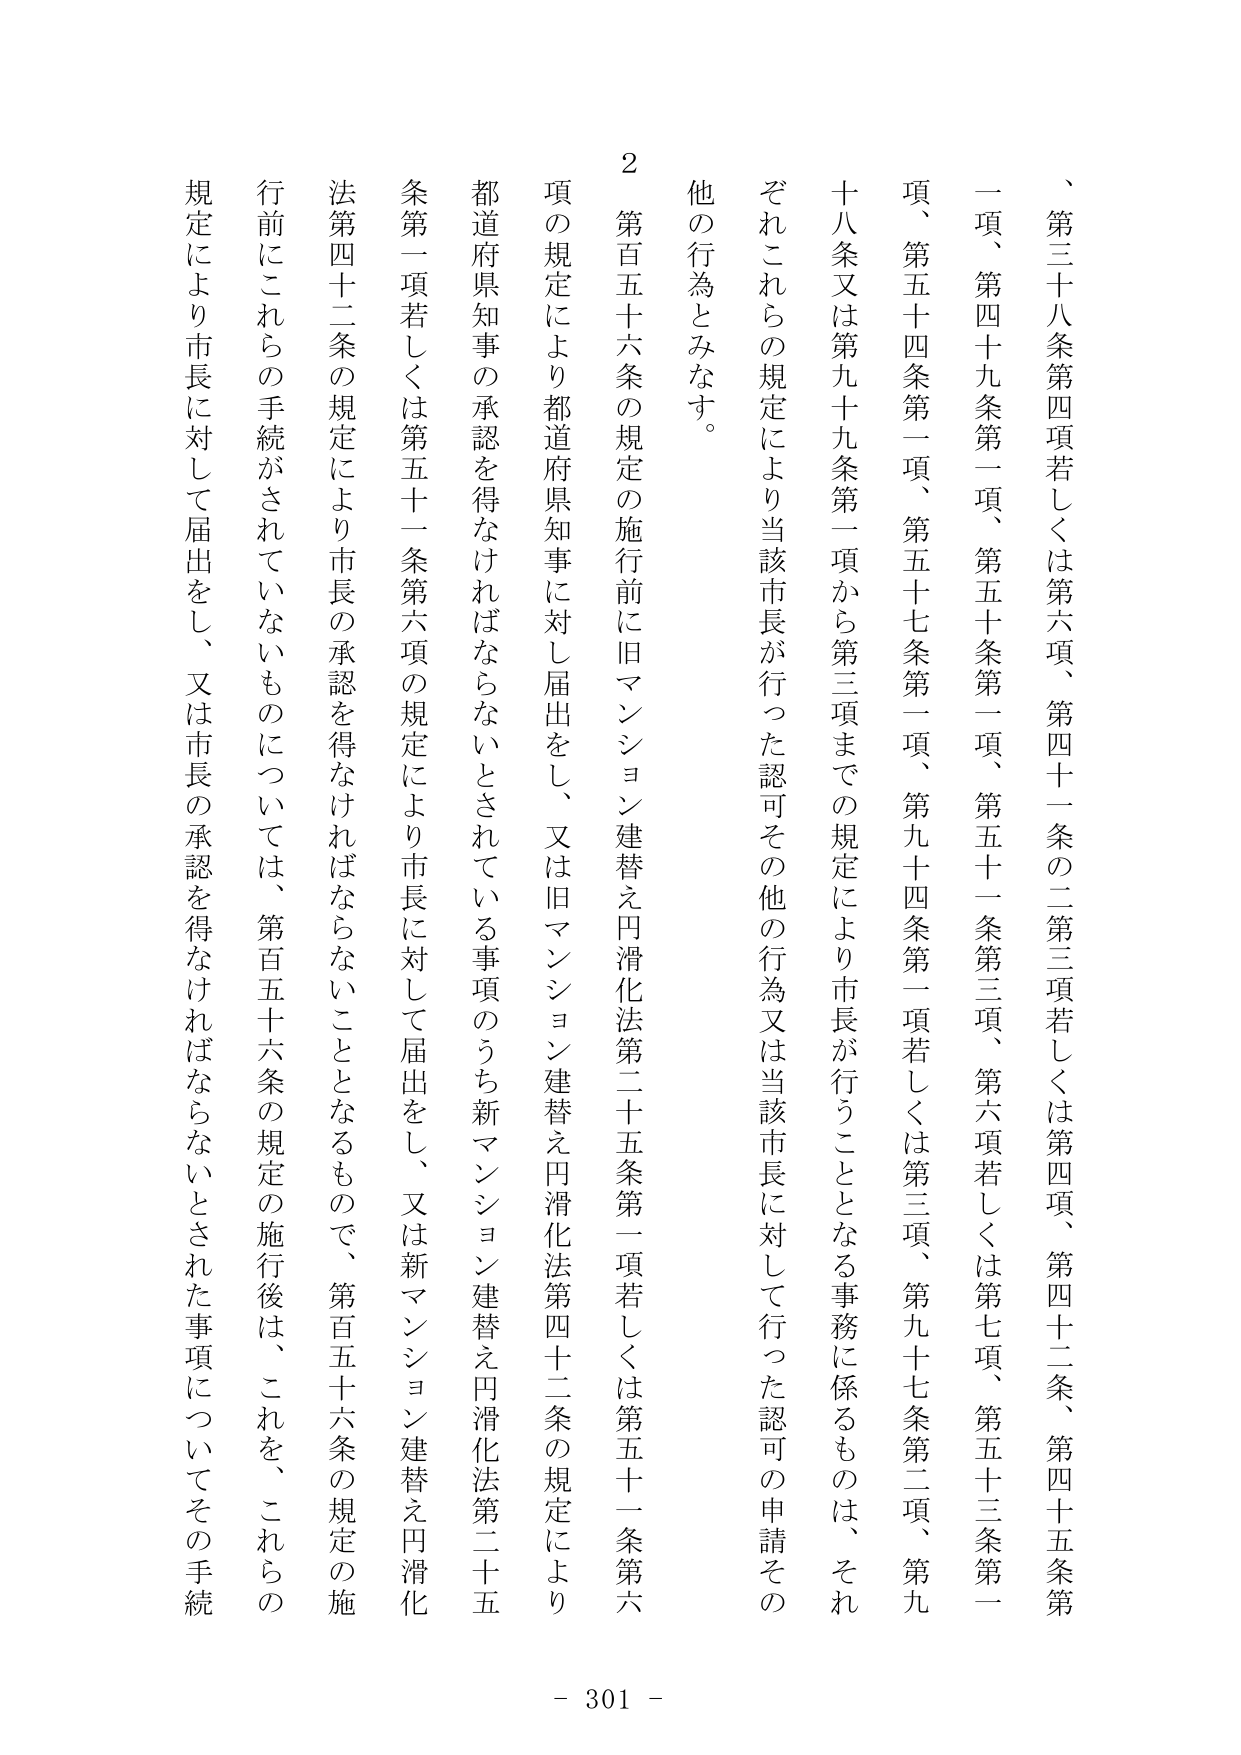
、第三十八条第四項若しくは第六項、第四十一条の二第三項若しくは第四項、第四十二条、第四十五条第一項、第四十九条第一項、第五十条第一項、第五十一条第三項、第六項若しくは第七項、第五十三条第一項、第五十四条第一項、第五十七条第一項、第九十四条第一項若しくは第三項、第九十七条第二項、第九十八条又は第九十九条第一項から第三項までの規定により市長が行うこととなる事務に係るものは、それぞれこれらの規定により当該市長が行った認可その他の行為又は当該市長に対して行った認可の申請その他の行為とみなす。

２ 第百五十六条の規定の施行前に旧マンション建替え円滑化法第二十五条第一項若しくは第五十一条第六項の規定により都道府県知事に対し届出をし、又は旧マンション建替え円滑化法第四十二条の規定により都道府県知事の承認を得なければならないとされている事項のうち新マンション建替え円滑化法第二十五条第一項若しくは第五十一条第六項の規定により市長に対して届出をし、又は新マンション建替え円滑化法第四十二条の規定により市長の承認を得なければならないこととなるもので、第百五十六条の規定の施行前にこれらの手続がされていないものについては、第百五十六条の規定の施行後は、これを、これらの規定により市長に対して届出をし、又は市長の承認を得なければならないとされた事項についてその手続

- 301 -